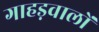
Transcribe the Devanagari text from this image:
गाहड़वालों